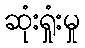
ဆုံးရှုံးမှု